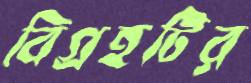
বিগ্রহটির